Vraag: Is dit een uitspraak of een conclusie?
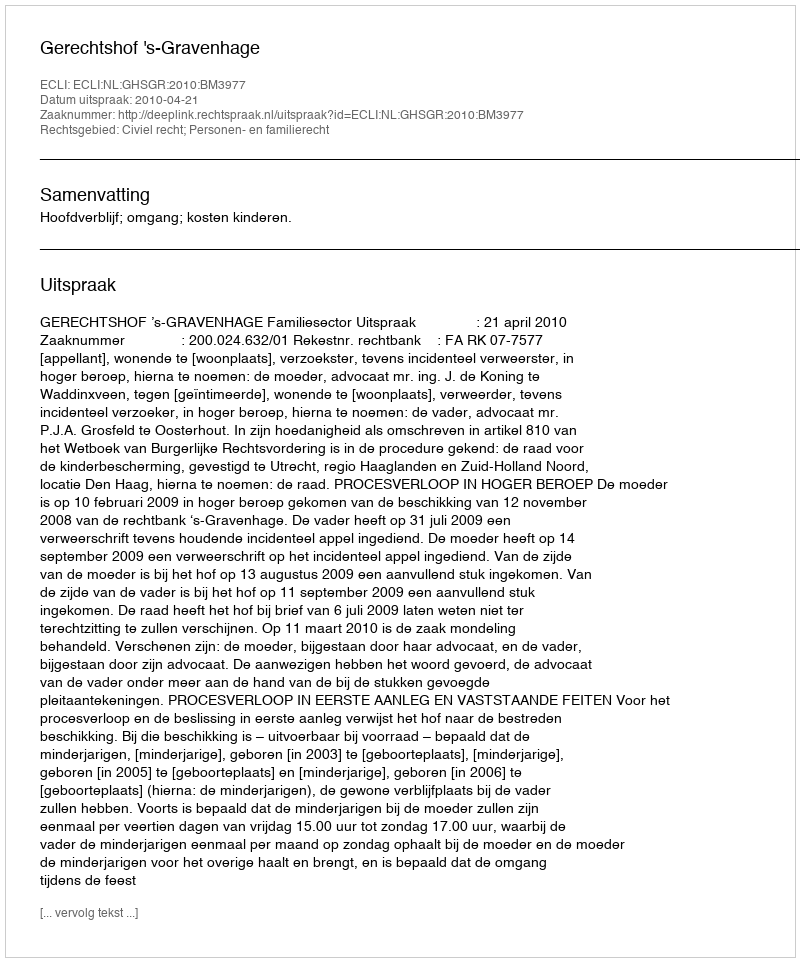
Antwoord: Uitspraak